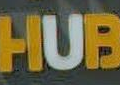
HUB